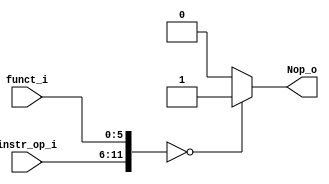
`timescale 1ns / 1ps
//Subject:     CO project 3 - Nop detection
//--------------------------------------------------------------------------------
//Version:     1
//--------------------------------------------------------------------------------
//Writer:      0510002 K 0510009 i
//--------------------------------------------------------------------------------
//--------------------------------------------------------------------------------
//Description: 
//--------------------------------------------------------------------------------

module Nop_detection(
	instr_op_i,   //6 bit instr_op_i  (input)
	funct_i,      //6 bit funct_i     (input)
	Nop_o         //1 bit Nop_o       (output)
    );

//I/O port
input  [5:0]  instr_op_i;
input  [5:0]  funct_i;
output        Nop_o;

//Internal Signls
reg           Nop_o;

//Main function
always@ (*) begin
	if ({instr_op_i, funct_i} == 12'd0) Nop_o <= 1;
	else Nop_o <= 0;
end
endmodule